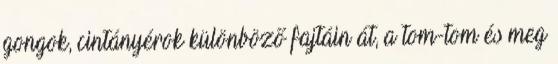
gongok, cintányérok különböző fajtáin át, a tom-tom és meg